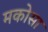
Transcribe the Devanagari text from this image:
मकोसा